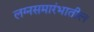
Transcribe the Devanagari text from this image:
लग्नसमारंभातील